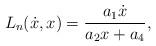
LaTeX: \begin{align*}L_{n}(\dot{x},x)= \frac{a_1 \dot x}{a_2 x + a_4},\end{align*}